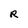
Character: R